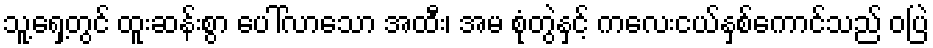
သူ့ရှေ့တွင် ထူးဆန်းစွာ ပေါ်လာသော အထီး၊ အမ စုံတွဲနှင့် ကလေးငယ်နှစ်ကောင်သည် ဝပြဲ